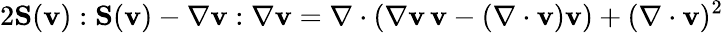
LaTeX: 2\mathbf{S}(\mathbf{v}):\mathbf{S}(\mathbf{v})-\nabla\mathbf{v}:\nabla\mathbf{v}=\nabla\cdot(\nabla\mathbf{v}\, \mathbf{v}-(\nabla\cdot\mathbf{v})\mathbf{v})+(\nabla\cdot\mathbf{v})^{2}